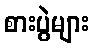
စားပွဲများ